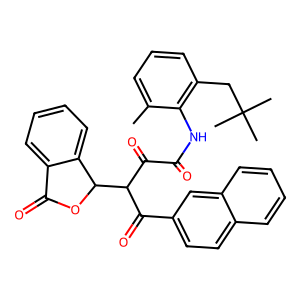
SMILES: Cc1cccc(CC(C)(C)C)c1NC(=O)C(=O)C(C(=O)c1ccc2ccccc2c1)C1OC(=O)c2ccccc21
Inhibits HIV replication: No